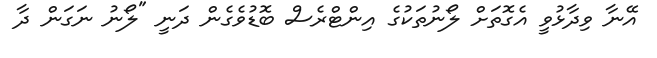
އޭނާ ވިދާޅުވީ އެގޮތަށް ލޯނުތަކުގެ އިންޓްރެސް ބޮޑުވެގެން ދަނީ "ލޯނު ނަގަން ދާ